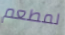
لمطعم